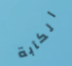
الكآبة